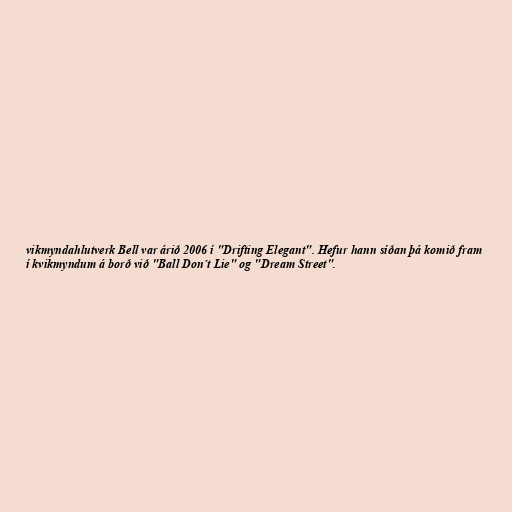
vikmyndahlutverk Bell var árið 2006 í "Drifting Elegant". Hefur hann síðan þá komið fram
í kvikmyndum á borð við "Ball Don´t Lie" og "Dream Street".